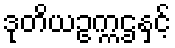
ဒုတိယဥက္ကဌနှင့်